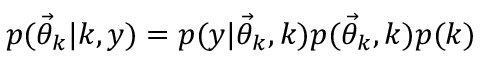
p ( \ensuremath { \vec { \theta } } _ { k } | k , y ) = p ( y | \ensuremath { \vec { \theta } } _ { k } , k ) p ( \ensuremath { \vec { \theta } } _ { k } , k ) p ( k )